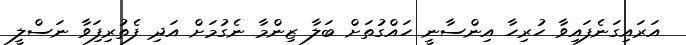
އަރައިގަނެފައިވާ ހުރިހާ އިންސާނީ ހައްގުތަށް ބަލާ ޒިންމާ ނެގުމަށް އަދި ފެތުރިފަިވާ ނަސްލީ